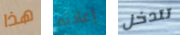
هذا إعادته تتدخل